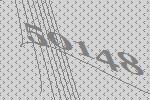
50148